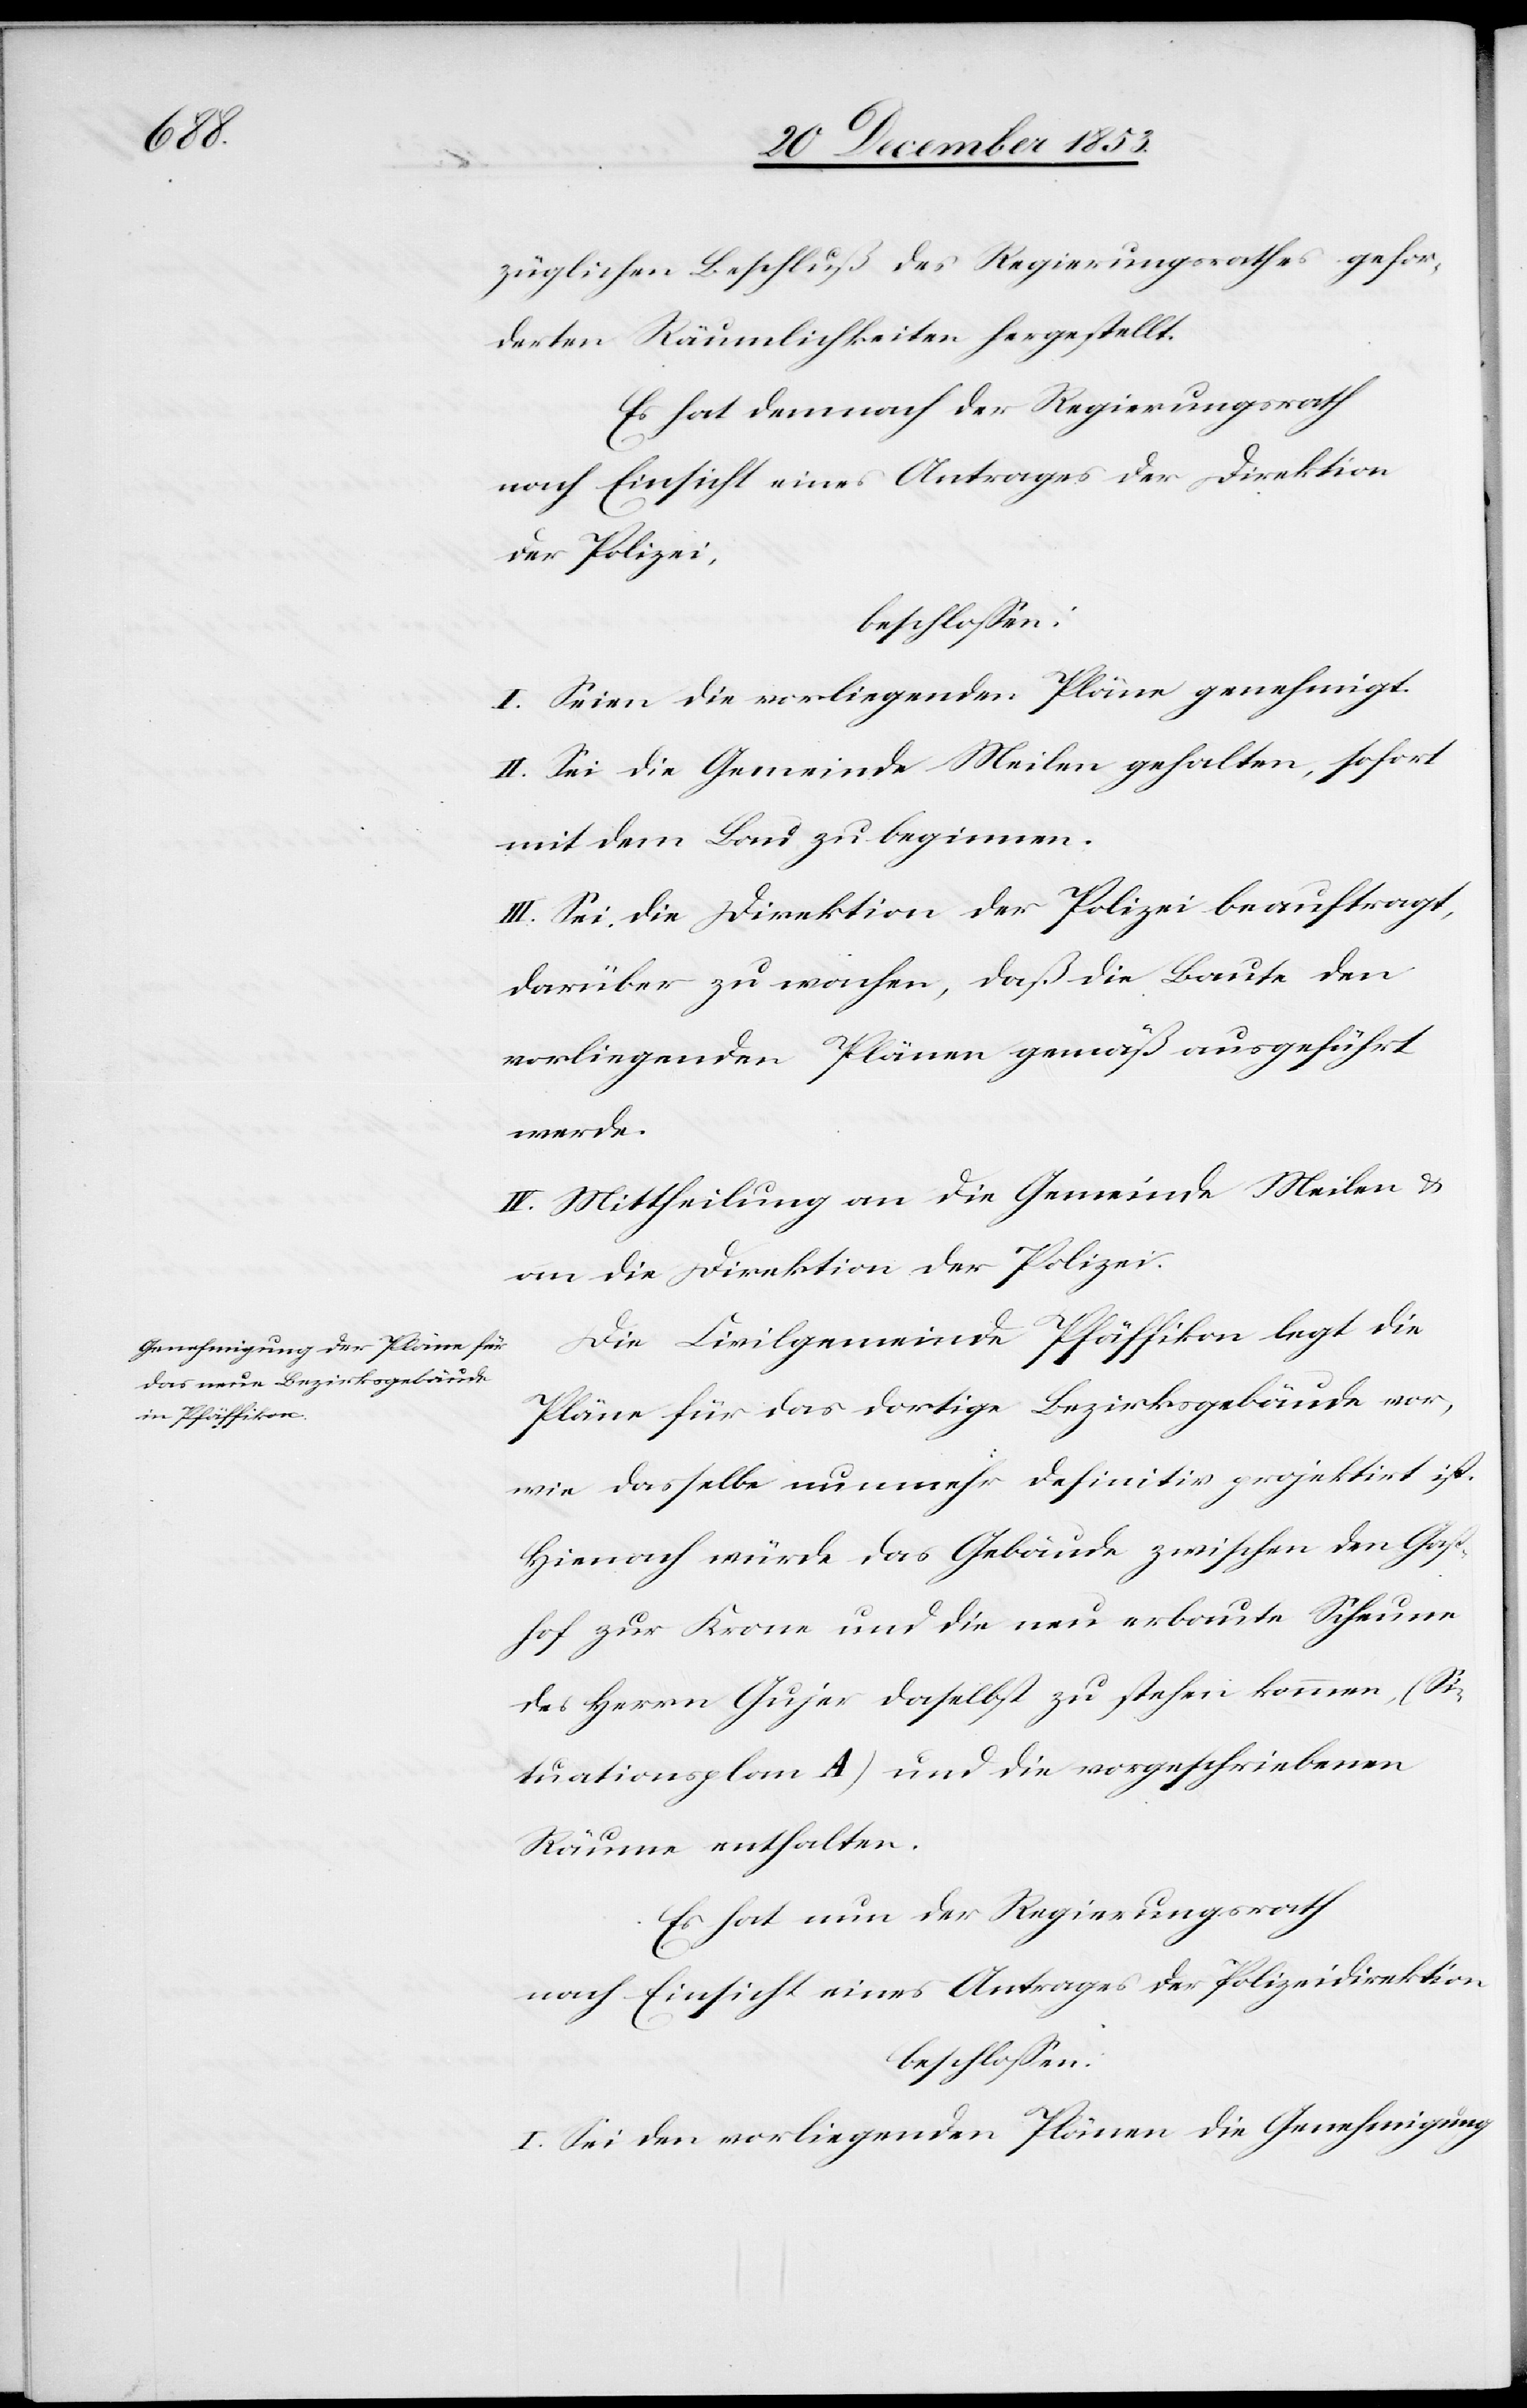
züglichen Beschluß des Regierungsrathes gefor¬
derten Räumlichkeiten hergestellt.
Es hat demnach der Regierungsrath
nach Einsicht eines Antrages der Direktion
der Polizei,
beschloßen:
I. Seien die vorliegenden Pläne genehmigt.
II. Sei die Gemeinde Meilen gehalten, sofort
mit dem Bau zu beginnen.
III. Sei die Direktion der Polizei beauftragt,
darüber zu wachen, daß die Baute den
vorliegenden Plänen gemäß ausgeführt
werde.
IV. Mittheilung an die Gemeinde Meilen u.
an die Direktion der Polizei.
Die Civilgemeinde Pfäffikon legt die
Pläne für das dortige Bezirksgebäude vor,
wie dasselbe nunmehr definitiv projektirt ist.
Hienach würde das Gebäude zwischen den Gast¬
hof zur Krone und die neu erbaute Scheune
des Herrn Gujer daselbst zu stehen kommen, (Si¬
tuationsplan A) und die vorgeschriebenen
Räume enthalten.
Es hat nun der Regierungsrath
nach Einsicht eines Antrages der Polizeidirektion,
beschloßen:
I. Sei den vorliegenden Plänen die Genehmigung